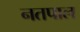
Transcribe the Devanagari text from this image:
नतपाल